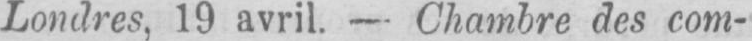
Londres, 19 avril. - Chambre des com-